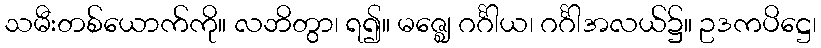
သမီးတစ်ယောက်ကို။ လဘိတွာ၊ ရ၍။ မဇ္ဈေ ဂင်္ဂါယ၊ ဂင်္ဂါအလယ်၌။ ဥဒကပိဋ္ဌေ၊